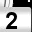
Digit: 2